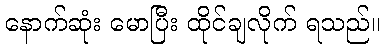
နောက်ဆုံး မောပြီး ထိုင်ချလိုက် ရသည်။